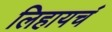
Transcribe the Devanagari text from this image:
लिहायचं